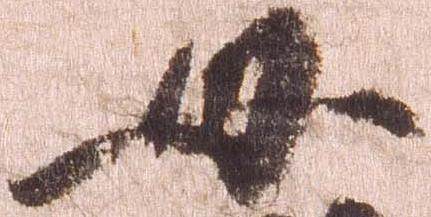
母